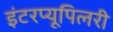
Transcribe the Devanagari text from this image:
इंटरप्यूपिलरी